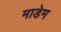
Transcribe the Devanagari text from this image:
माडेम